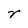
Character: r